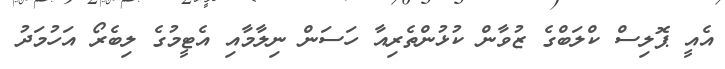
އެއީ ޕޮލިސް ކްލަބްގެ ޒުވާން ކުޅުންތެރިއާ ހަސަން ނިލާމާއި އެޓީމުގެ ލިބެރޯ އަހުމަދު